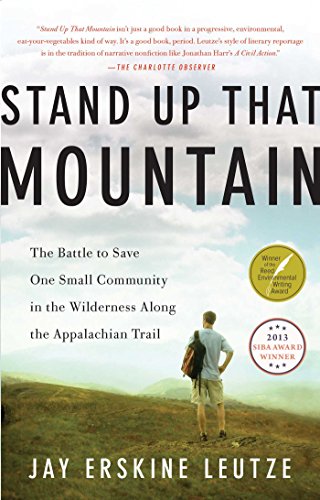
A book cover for Stand Up That Mountain: The Battle to Save One Small Community in the Wilderness Along the Appalachian Trail; Jay Erskine Leutze; Law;